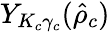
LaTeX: Y_{K_{c}\gamma_{c}}(\hat{\rho}_{c})